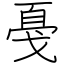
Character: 戞